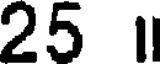
25